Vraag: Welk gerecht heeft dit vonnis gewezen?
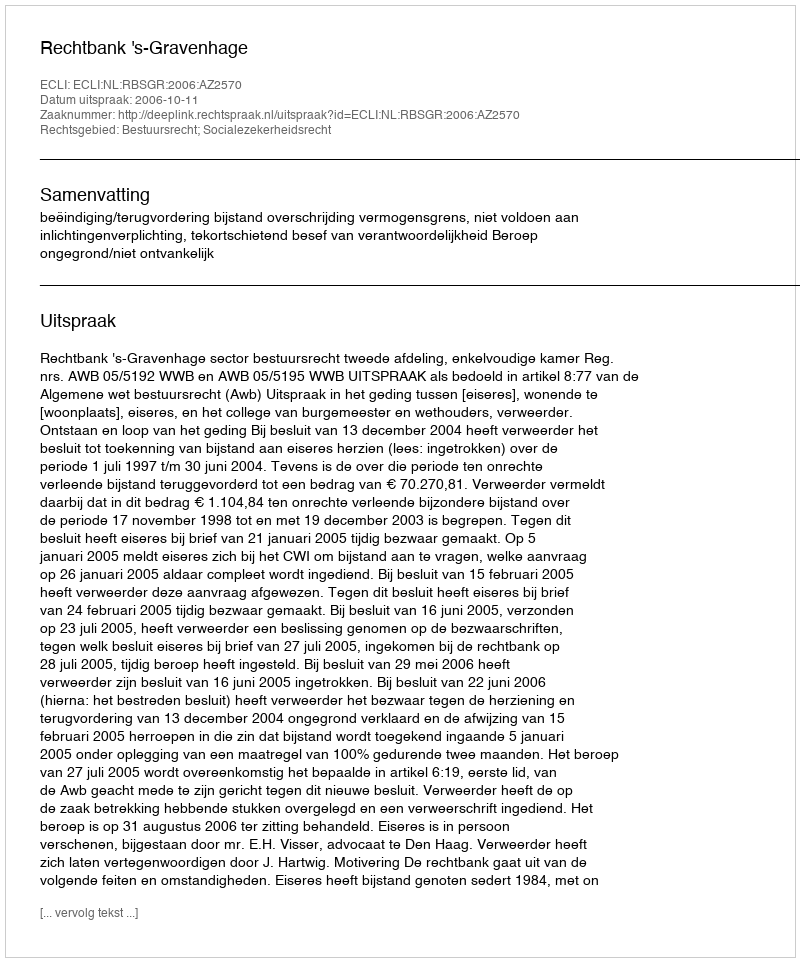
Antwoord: Rechtbank 's-Gravenhage